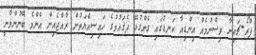
ޕްރޯ-ޗައިނާ ވިސްނުމެއް އިންޑިއާ ކަނޑުގައި ގެންގުޅޭ ދެޤައުމުގެ ހައިސިއްޔަތުން ރާއްޖެއިން އެންމެ ބޭނުންވާނީ